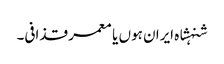
شنہشاہ ایران ہوں یا معمر قذافی۔